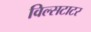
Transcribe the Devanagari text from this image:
विल्सटाटर